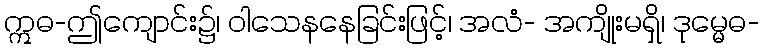
ဣဓ-ဤကျောင်း၌၊ ဝါသေနနေခြင်းဖြင့်၊ အလံ- အကျိုးမရှိ၊ ဒုမ္မေဓ-